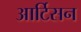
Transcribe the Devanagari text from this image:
आर्टिसन